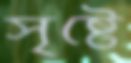
সৃষ্টে